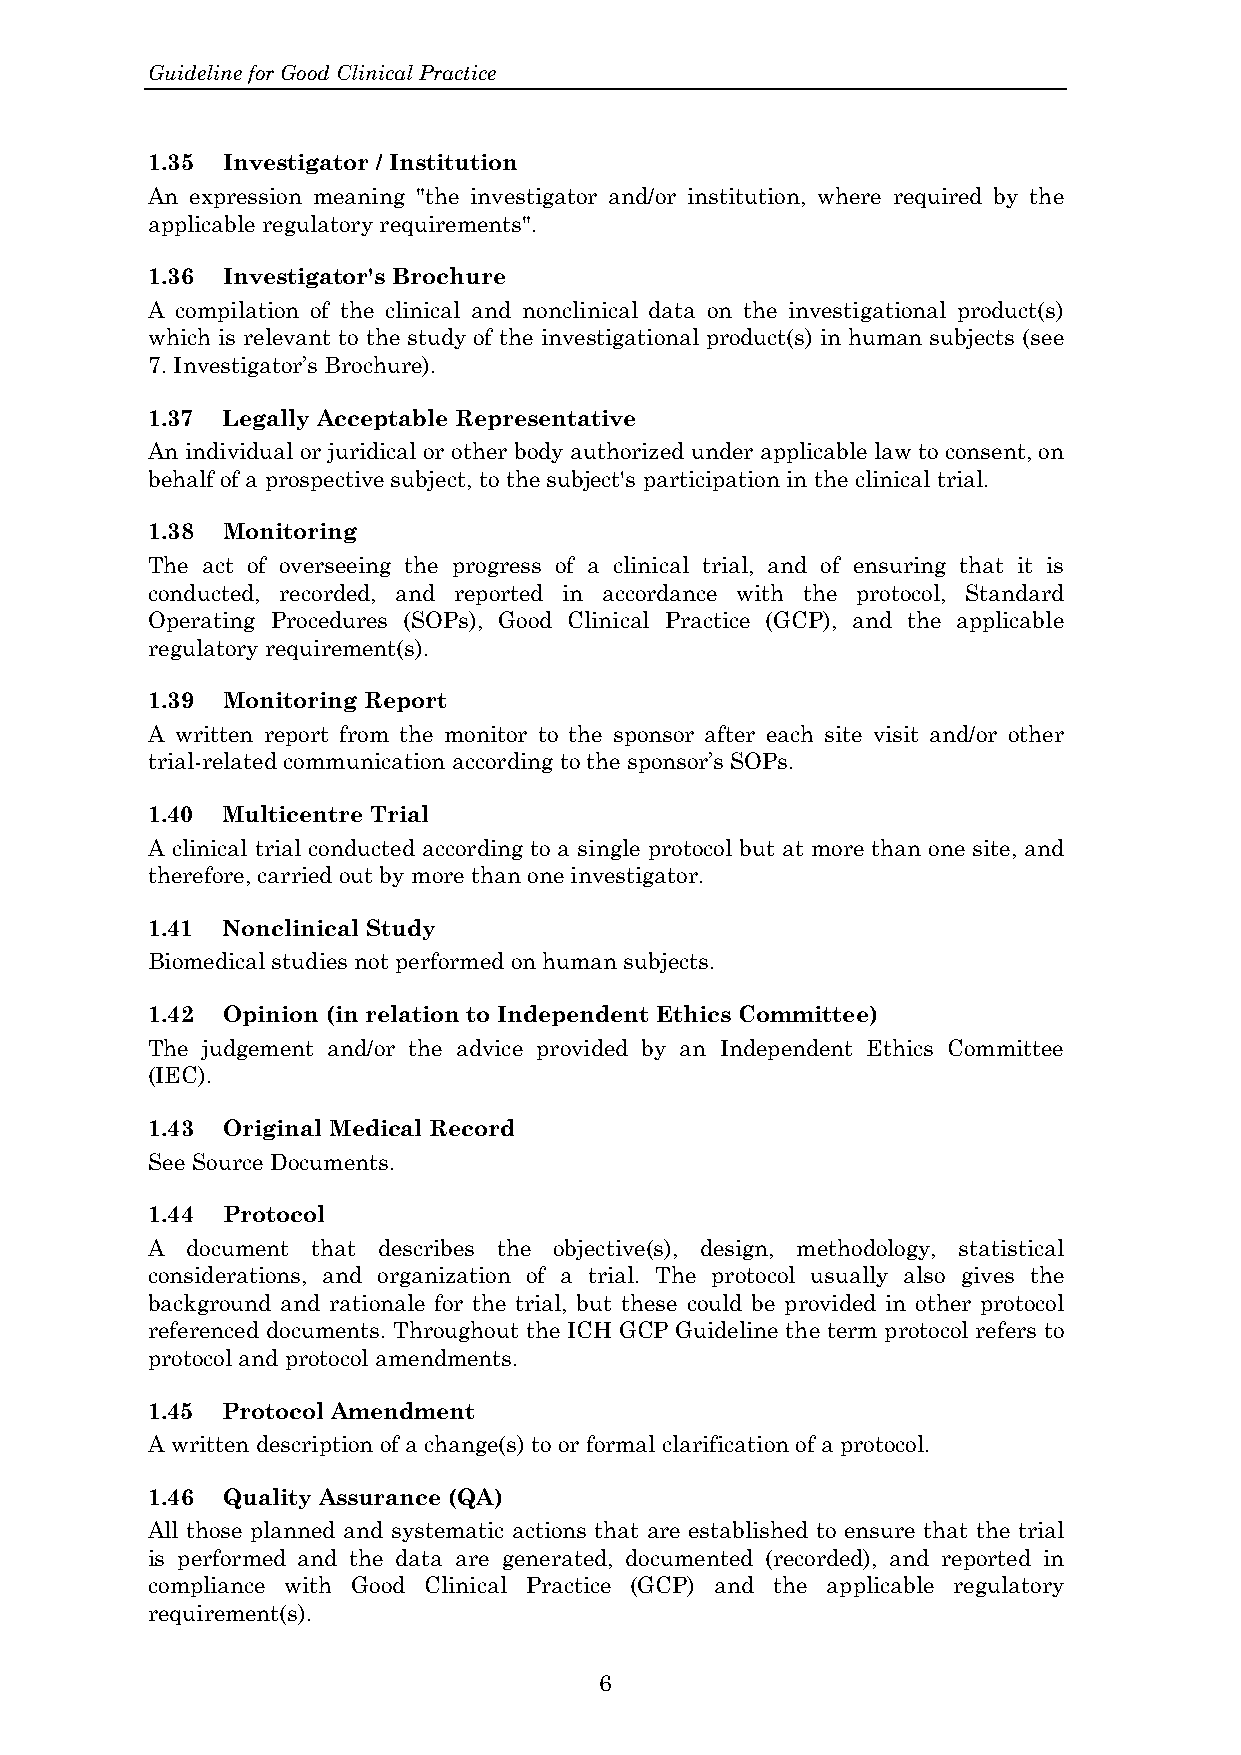
Guideline for Good Clinical Practice
 1.35 Investigator / Institution
 An expression meaning "the investigator and/or institution, where required by the
 applicable regulatory requirements".
 1.36 Investigator's Brochure
 A compilation of the clinical and nonclinical data on the investigational product(s)
 which is relevant to the study of the investigational product(s) in human subjects (see
 7. Investigator’s Brochure).
 1.37 Legally Acceptable Representative
 An individual or juridical or other body authorized under applicable law to consent, on
 behalf of a prospective subject, to the subject's participation in the clinical trial.
 1.38 Monitoring
 The act of overseeing the progress of a clinical trial, and of ensuring that it is
 conducted, recorded, and reported in accordance with the protocol, Standard
 Operating Procedures (SOPs), Good Clinical Practice (GCP), and the applicable
 regulatory requirement(s).
 1.39 Monitoring Report
 A written report from the monitor to the sponsor after each site visit and/or other
 trial-related communication according to the sponsor’s SOPs.
 1.40 Multicentre Trial
 A clinical trial conducted according to a single protocol but at more than one site, and
 therefore, carried out by more than one investigator.
 1.41 Nonclinical Study
 Biomedical studies not performed on human subjects.
 1.42 Opinion (in relation to Independent Ethics Committee)
 The judgement and/or the advice provided by an Independent Ethics Committee
 (IEC).
 1.43 Original Medical Record
 See Source Documents.
 1.44 Protocol
 A document that describes the objective(s), design, methodology, statistical
 considerations, and organization of a trial. The protocol usually also gives the
 background and rationale for the trial, but these could be provided in other protocol
 referenced documents. Throughout the ICH GCP Guideline the term protocol refers to
 protocol and protocol amendments.
 1.45 Protocol Amendment
 A written description of a change(s) to or formal clarification of a protocol.
 1.46 Quality Assurance (QA)
 All those planned and systematic actions that are established to ensure that the trial
 is performed and the data are generated, documented (recorded), and reported in
 compliance with Good Clinical Practice (GCP) and the applicable regulatory
 requirement(s).
 6